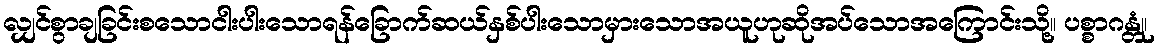
လျှင်စွာချခြင်းစသောငါးပါးသောရန်ခြောက်ဆယ်နှစ်ပါးသောမှားသောအယူဟုဆိုအပ်သောအကြောင်းသို့။ ပစ္စာဂန္တုံ၊